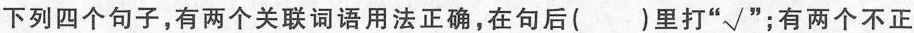
下列四个句子，有两个关联词语用法正确，在句后()里打”√”；有两个不正